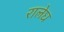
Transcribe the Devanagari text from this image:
रालेघ